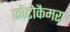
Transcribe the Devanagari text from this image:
फोटोकैमरा